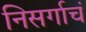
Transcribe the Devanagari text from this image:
निसर्गाचं